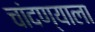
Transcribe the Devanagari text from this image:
चांदण्याला